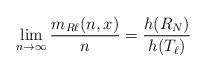
LaTeX: \begin{align*} \lim_{n \rightarrow \infty} \frac{m_{R{\ell}}(n, x)}{n} = \frac{h(R_N)}{h(T_{\ell})}\end{align*}